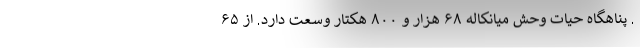
. پناهگاه حیات وحش میانکاله ۶۸ هزار و ۸۰۰ هکتار وسعت دارد. از ۶۵